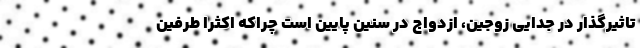
تاثیرگذار در جدایی زوجین، ازدواج در سنین پایین است چراکه اکثرا طرفین